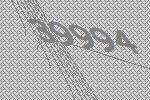
39994